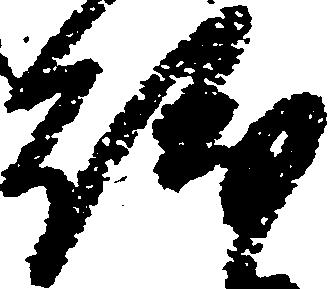
紛